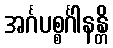
အင်္ဂပစ္စင်္ဂါနန္တိ